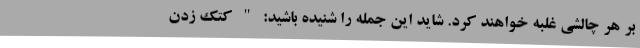
بر هر چالشی غلبه خواهند کرد. شاید این جمله را شنیده باشید: " کتک زدن